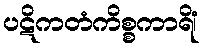
ပဋိကတံကိစ္စကာရိံ၊